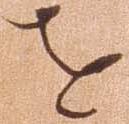
を